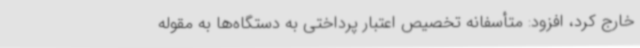
خارج کرد، افزود: متأسفانه تخصیص اعتبار پرداختی به دستگاه‌ها به مقوله